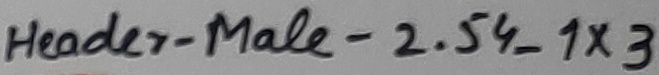
Text: Header-Male-2.54_1x3